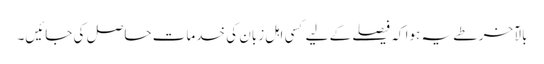
بالآخر طے یہ ہوا کہ فیصلے کے لیے کسی اہلِ زبان کی خدمات حاصل کی جائیں۔